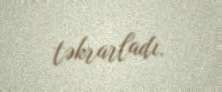
təkrarladı.